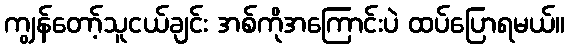
ကျွန်တော့်သူငယ်ချင်း အစ်ကိုအကြောင်းပဲ ထပ်ပြောရမယ်။